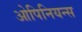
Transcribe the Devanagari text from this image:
ओपिनियन्स